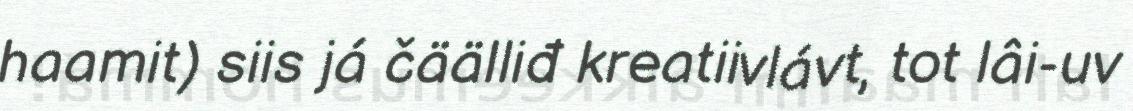
haamit) siis já čäälliđ kreatiivlávt, tot lâi-uv